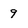
Character: 9